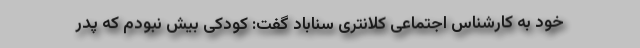
خود به کارشناس اجتماعی کلانتری سناباد گفت: کودکی بیش نبودم که پدر